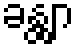
ခန္တျာ